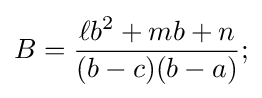
B={\frac {\ell b^{2}+mb+n}{(b-c)(b-a)}};